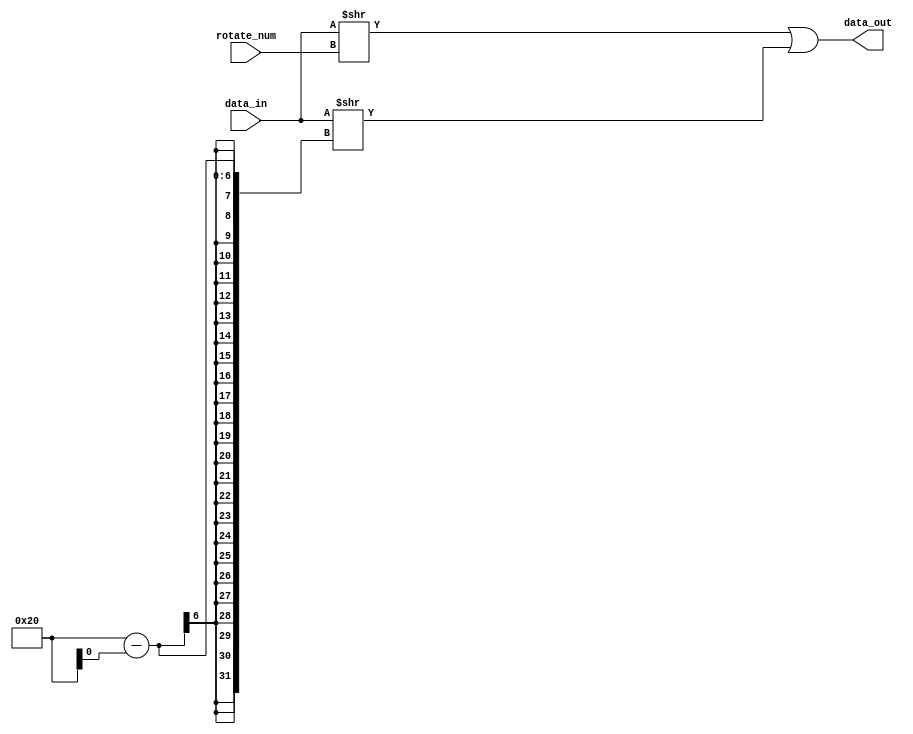
module rotateLeft(
    input [31:0] data_in,
    input [31:0] rotate_num,
    output [31:0] data_out
);
    reg [31:0] temp;

    always @(*) begin
        temp = data_in >> rotate_num;
        data_out = temp | data_in >> ( 32 - shift); //rotate by combining the two shifts
    end

endmodule